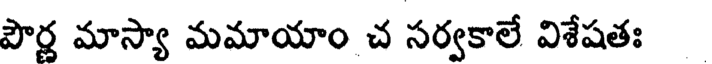
పౌర్ణ మాస్యా మమాయాం చ సర్వకాలే విశేషతః